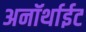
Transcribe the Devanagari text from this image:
अनॉर्थाईट